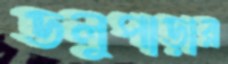
ডলুপাড়ার